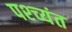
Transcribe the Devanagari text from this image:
पश्च्यंत